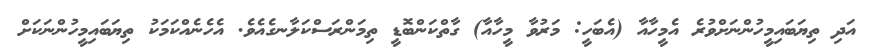
އަދި ތިޔަބައިމީހުންނަށްވުރެ އެމީހާއާ (އެބަހީ: މަރުވާ މީހާއާ) ގާތްކަންބޮޑީ ތިމަންރަސްކަލާނގެއެވެ. އެހެނެއްކަމަކު ތިޔަބައިމީހުންނަކަށް